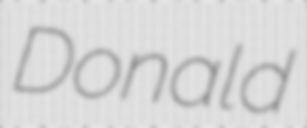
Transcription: Donald